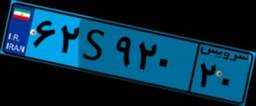
۶۲S۹۲۰۲۰